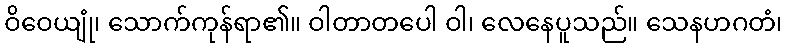
ဝိဝေယျုံ၊ သောက်ကုန်ရာ၏။ ဝါတာတပေါ ဝါ၊ လေနေပူသည်။ သေနဟဂတံ၊